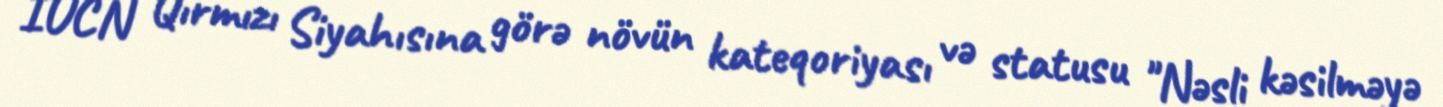
IUCN Qırmızı Siyahısına görə növün kateqoriyası və statusu "Nəsli kəsilməyə